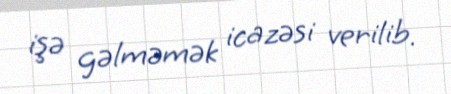
işə gəlməmək icazəsi verilib.